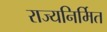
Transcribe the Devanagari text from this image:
राज्यनिर्मित